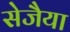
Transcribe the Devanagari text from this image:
सेजैया